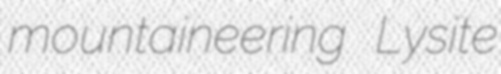
mountaineering Lysite